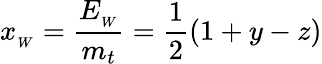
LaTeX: x_{_W}={\frac{E_{_W}}{m_{t}}}={\frac{1}{2}}(1+y-z)